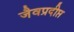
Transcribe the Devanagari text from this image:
जैवप्रदीप्त